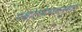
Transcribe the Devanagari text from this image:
पश्चात्स्वेच्छानुसार